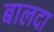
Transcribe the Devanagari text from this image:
बालदा